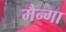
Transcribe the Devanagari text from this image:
मैन्गा